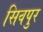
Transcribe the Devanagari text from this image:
सिवपुर